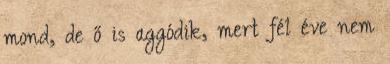
mond, de ő is aggódik, mert fél éve nem